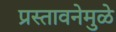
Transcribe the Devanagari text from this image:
प्रस्तावनेमुळे